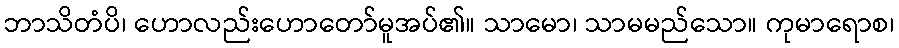
ဘာသိတံပိ၊ ဟောလည်းဟောတော်မူအပ်၏။ သာမော၊ သာမမည်သော။ ကုမာရောစ၊